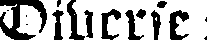
Diberie: